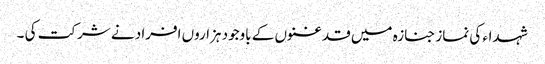
شہداء کی نماز جنازہ میں قدغنوں کے باوجود ہزاروں افراد نے شرکت کی ۔